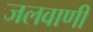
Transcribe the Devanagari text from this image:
जलवाणी